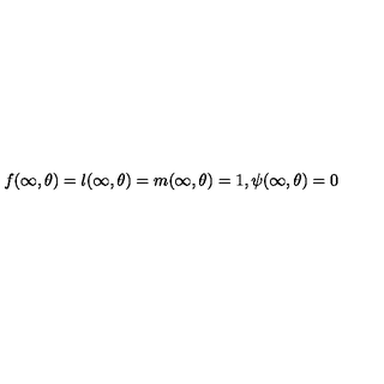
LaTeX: f ( \infty , \theta ) = l ( \infty , \theta ) = m ( \infty , \theta ) = 1 , \psi ( \infty , \theta ) = 0